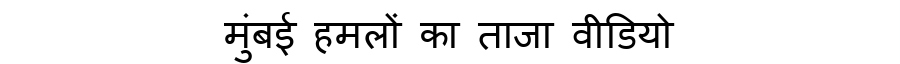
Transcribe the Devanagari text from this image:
मुंबई हमलों का ताजा वीडियो